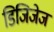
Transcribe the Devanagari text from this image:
डिजिजेज